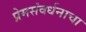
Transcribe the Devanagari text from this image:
प्रेमसंवर्धनाचा